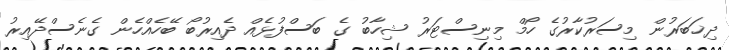
ދިޚަބަރުން މިސަރުކާރުގެ ހޯމް މިނިސްޓަރު ޝިހާބު ގެ ބަސްފުޅެއް ދެއިރުބޯ ބޭހެއްހެން ގެނެސްދޭއިރު